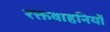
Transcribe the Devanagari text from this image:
रक्तवाहनियों